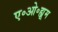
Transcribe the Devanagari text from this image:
ए॰ओ॰ह्यूम